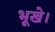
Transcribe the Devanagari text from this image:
भूखे।